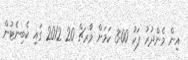
އިން މެންދުރު ފަހު 3:00 ކަމަށް މާރޗް 20 2012 ގައި ކެބިނެޓުން